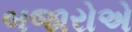
બજારોએ